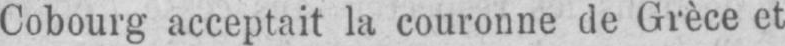
Cobourg acceptait la couronne de Grèce et